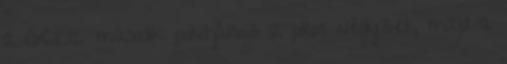
a GCLi2 második pontjához a piros négyzet, majd a